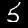
Digit: 5